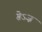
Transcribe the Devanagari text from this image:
ग्रेऽज़